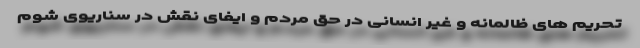
تحریم های ظالمانه و غیر انسانی در حق مردم و ایفای نقش در سناریوی شوم